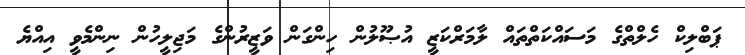
ޕަބްލިކް ހެލްތްގެ މަސައްކަތްތައް ލާމަރްކަޒީ އުޞޫލުން ހިންގަން ވަޒީރުންގެ މަޖިލީހުން ނިންމެވީ އިއްޔެ